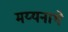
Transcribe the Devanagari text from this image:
मय्यनाथे